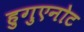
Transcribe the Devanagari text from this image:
हुगुएनोट